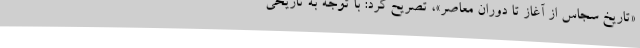
«تاریخ سجاس از آغاز تا دوران معاصر»، تصریح کرد: با توجه به تاریخی